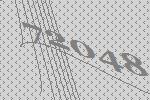
72048